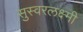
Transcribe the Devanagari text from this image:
सुस्वरलक्ष्मी